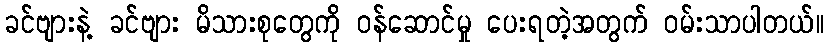
ခင်ဗျားနဲ့ ခင်ဗျား မိသားစုတွေကို ဝန်ဆောင်မှု ပေးရတဲ့အတွက် ဝမ်းသာပါတယ်။